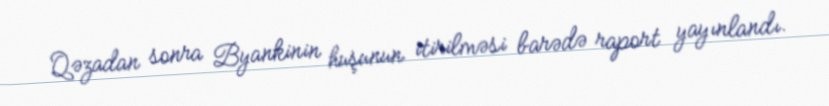
Qəzadan sonra Byankinin huşunun itirilməsi barədə raport yayınlandı.